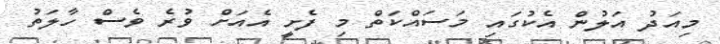
މިއަދު އަލުން އެކުގައި މަސައްކަތް މި ފެށީ އެއަށް ވުރެ ވެސް ހާލަތު